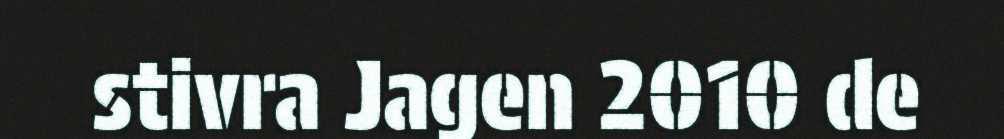
stivra Jagen 2010 de